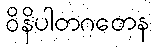
ဝိနိပါတဂတေန